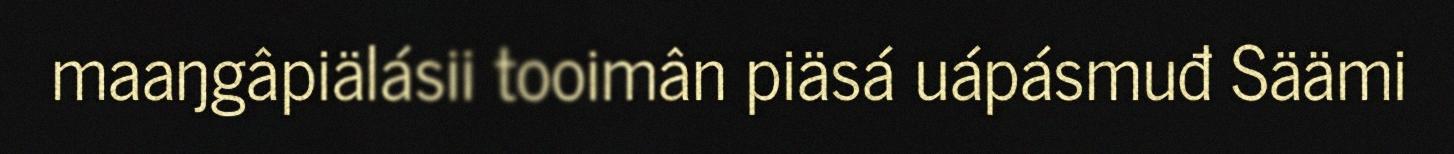
maaŋgâpiälásii tooimân piäsá uápásmuđ Säämi